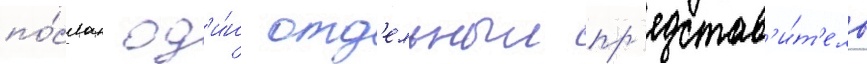
по́слан од'и́н отд'ельныи пр'едстав'и́т'ель